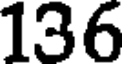
136